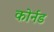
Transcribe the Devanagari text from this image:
कोर्नड